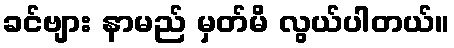
ခင်ဗျား နာမည် မှတ်မိ လွယ်ပါတယ်။